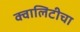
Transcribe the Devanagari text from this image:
क्वालिटीचा